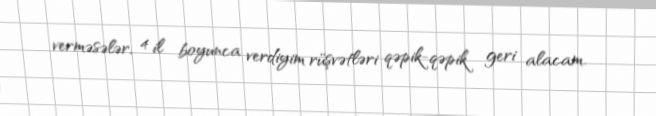
verməsələr, 4 il boyunca verdiyim rüşvətləri qəpik-qəpik geri alacam.